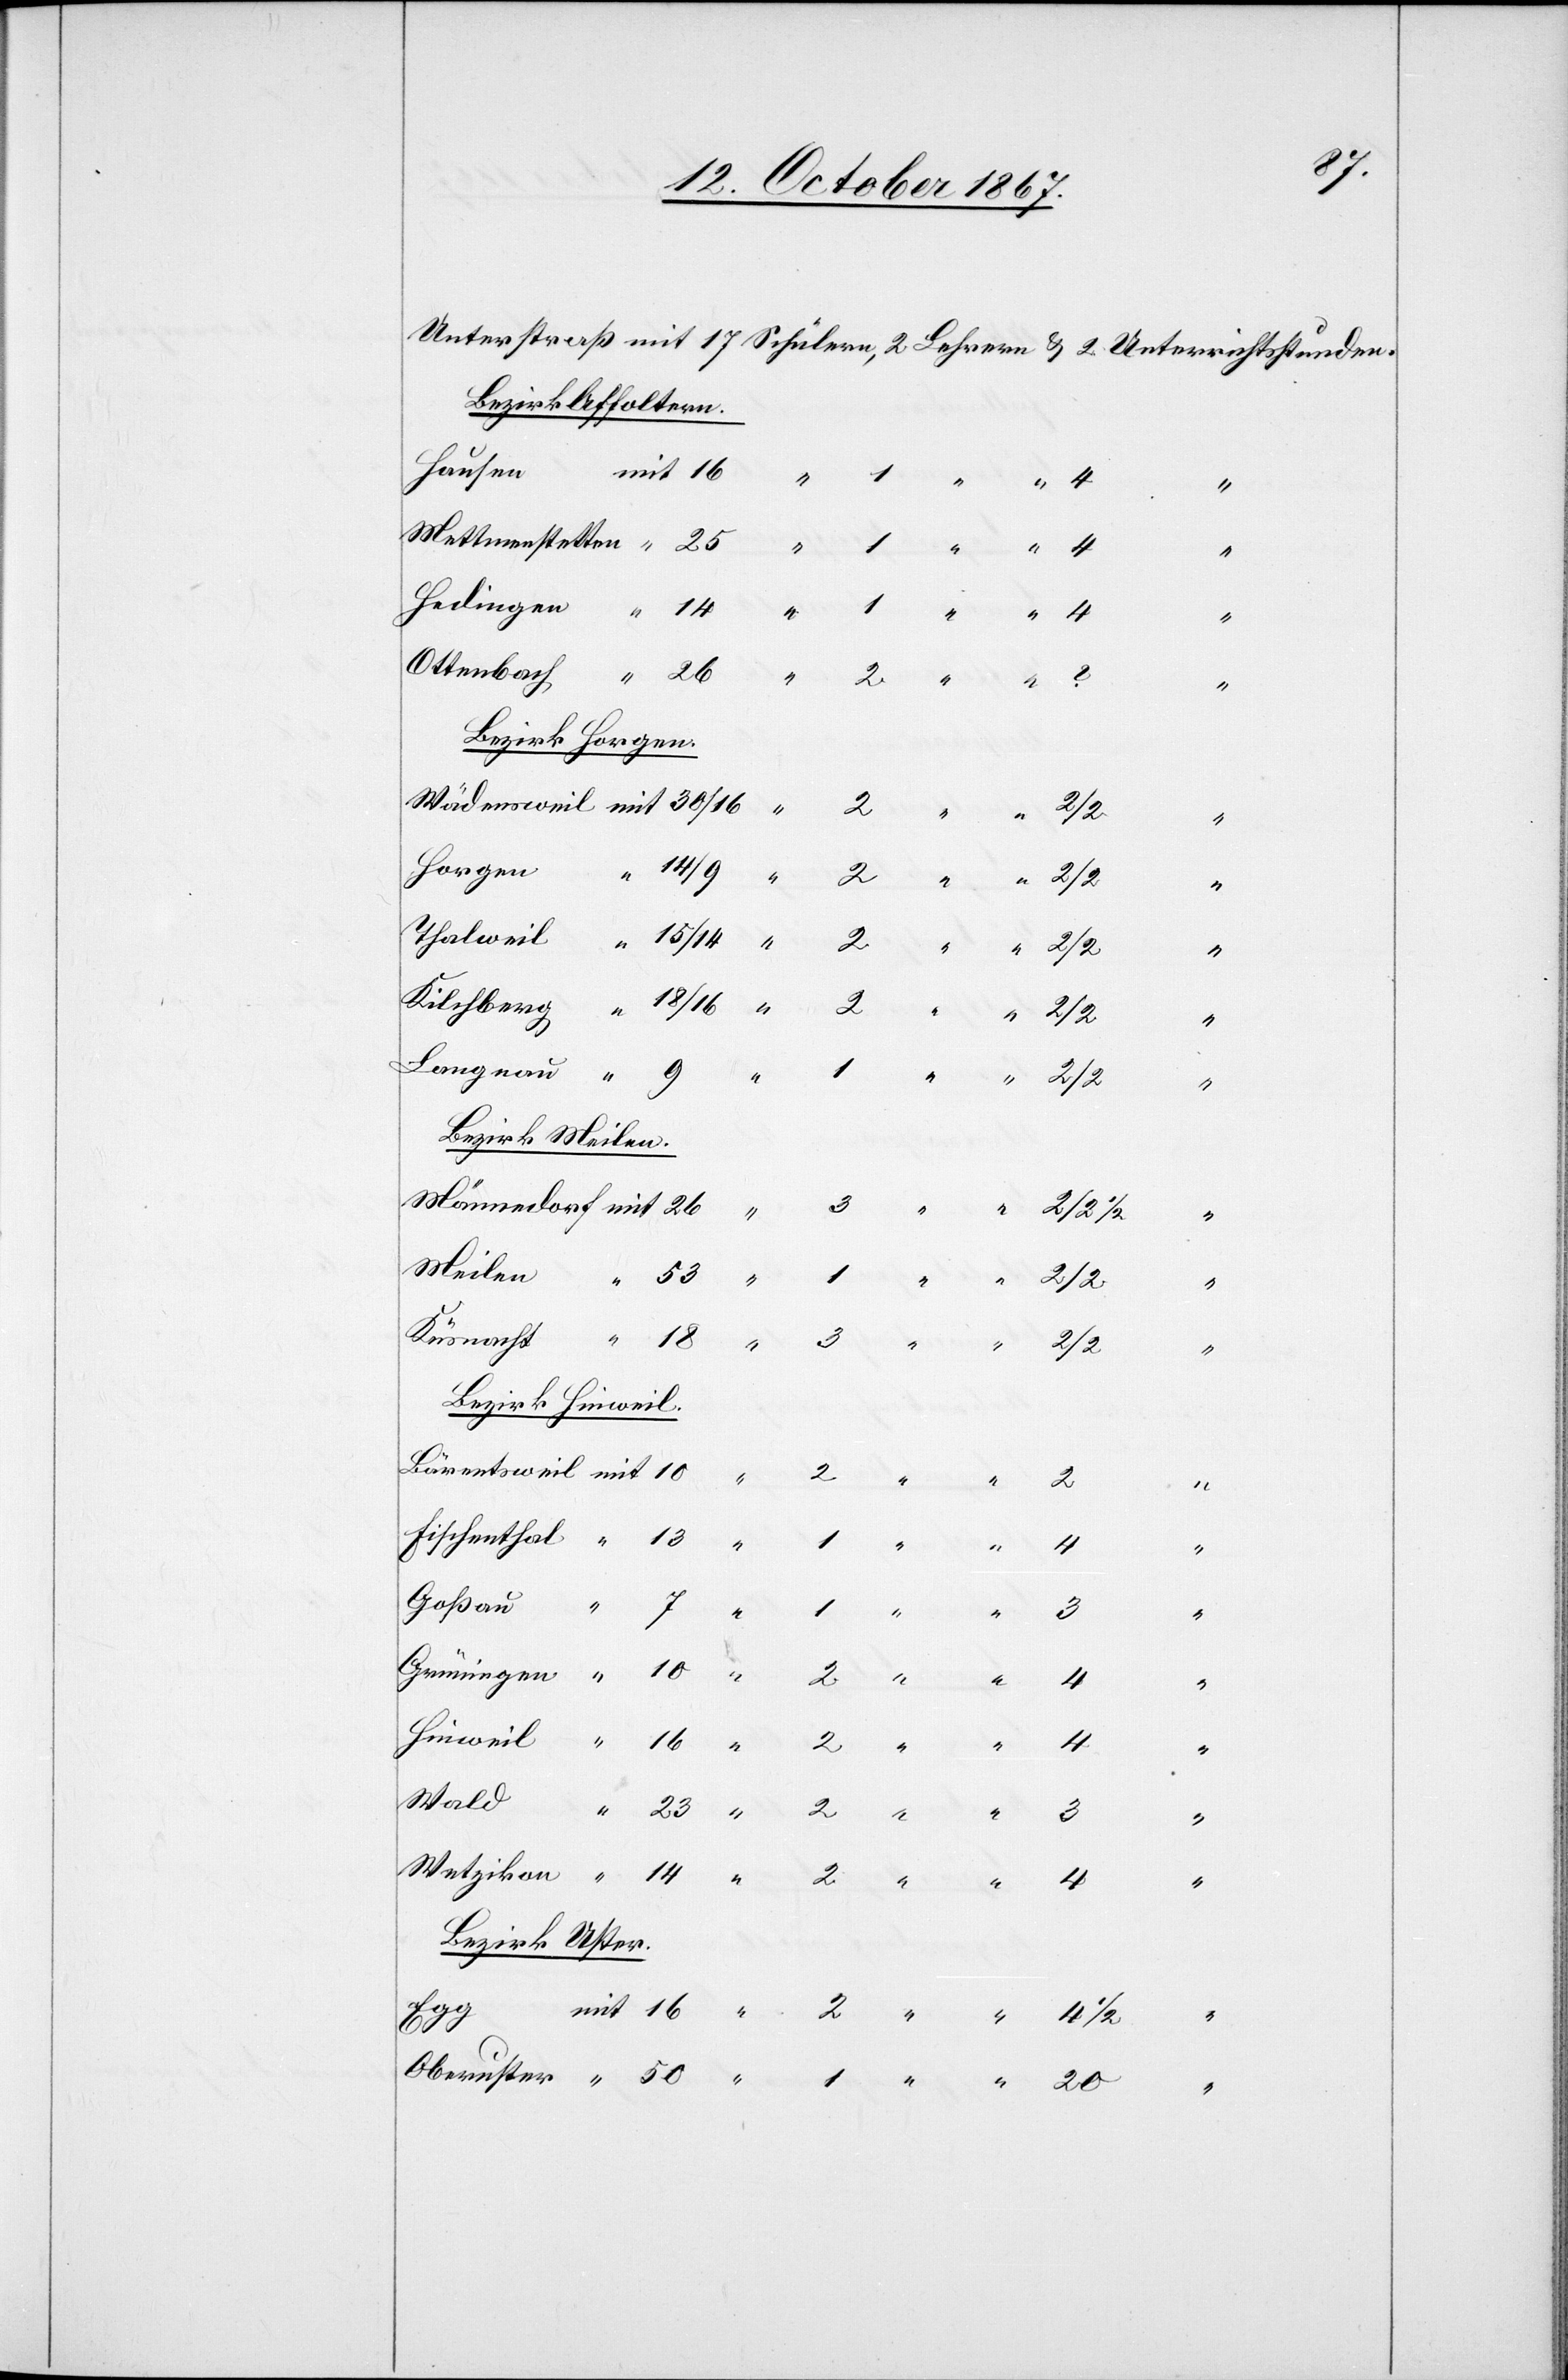
Bezirk Affoltern.
Hausen
2
Bezirk Horgen.
“
Horgen
4
Bezirk Meilen.
½
Meilen
20
Bezirk Hinweil.
18
Goßau
Bezirk Uster.